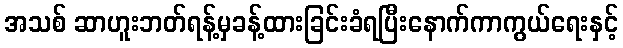
အသစ် ဆာဟူးဘတ်ရန့်မှခန့်ထားခြင်းခံရပြီးနောက်ကာကွယ်ရေးနှင့်